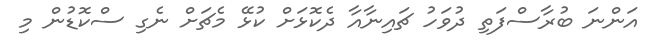
އަންނަ ބުރާސްފަތި ދުވަހު ޗައިނާއާ ދެކޮޅަށް ކުޅޭ މެޗަށް ނެގި ސްކޮޑުން މި